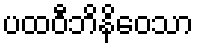
ပထဝီဘိနိဝေသာ